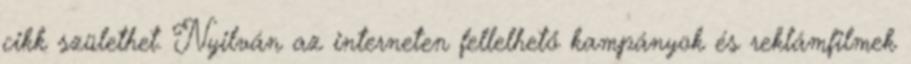
cikk születhet. Nyilván az interneten fellelhető kampányok és reklámfilmek